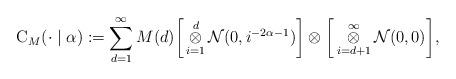
LaTeX: \begin{align*}\mathrm{C}_{M}(\cdot\mid \alpha):=\sum_{d=1}^{\infty}M(d)\bigg{[}\mathop{\otimes}_{i=1}^{d}\mathcal{N}(0,i^{-2\alpha-1})\bigg{]}\otimes\bigg{[}\mathop{\otimes}_{i=d+1}^{\infty}\mathcal{N}(0,0)\bigg{]},\end{align*}